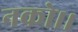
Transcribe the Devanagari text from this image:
नको।।